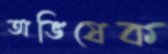
অভিষেক